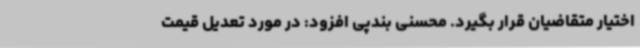
اختیار متقاضیان قرار بگیرد. محسنی بندپی افزود: در مورد تعدیل قیمت